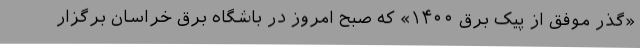
«گذر موفق از پیک برق ۱۴۰۰» که صبح امروز در باشگاه برق خراسان برگزار